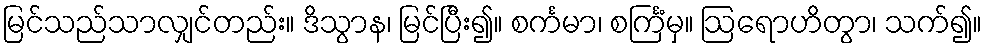
မြင်သည်သာလျှင်တည်း။ ဒိသွာန၊ မြင်ပြီး၍။ စင်္ကမာ၊ စင်္ကြံမှ။ ဩရောဟိတွာ၊ သက်၍။